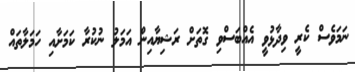
ނަމަވެސް ކެރީ ވިދާޅުވީ އެއްބަސްވި ގޮތަށް ރަޝިޔާއިން އަމަލު ނުކުރާ ކަމަށާއި ހަމަލާތައް